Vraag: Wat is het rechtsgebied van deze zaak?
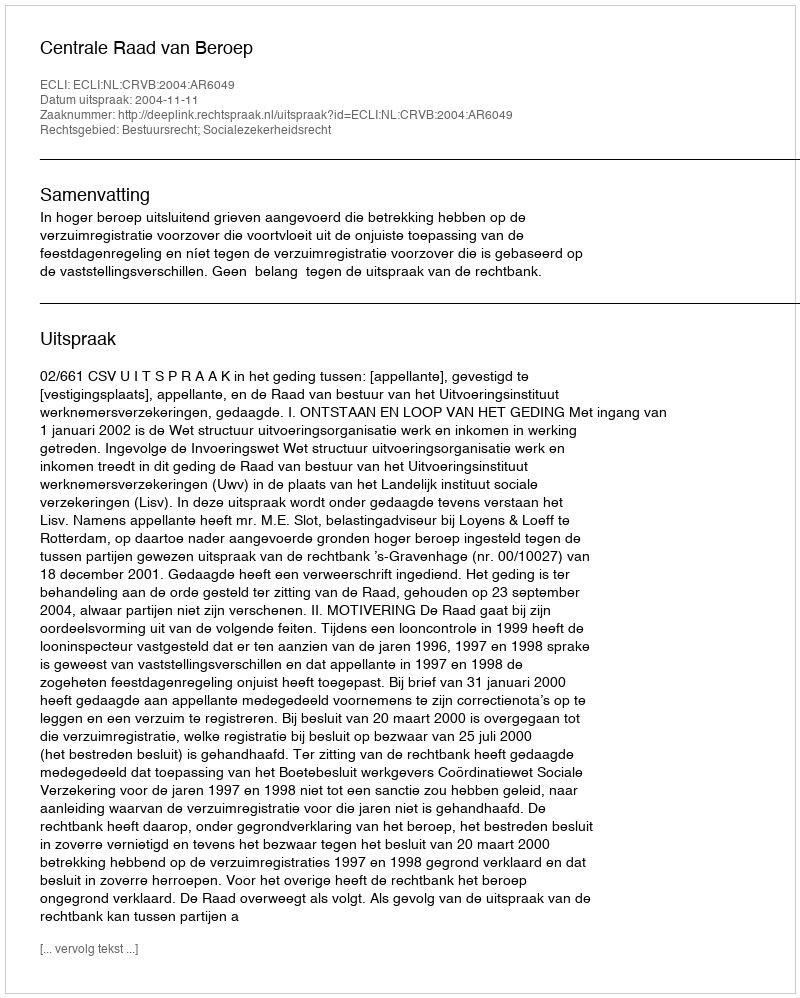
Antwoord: Bestuursrecht; Socialezekerheidsrecht